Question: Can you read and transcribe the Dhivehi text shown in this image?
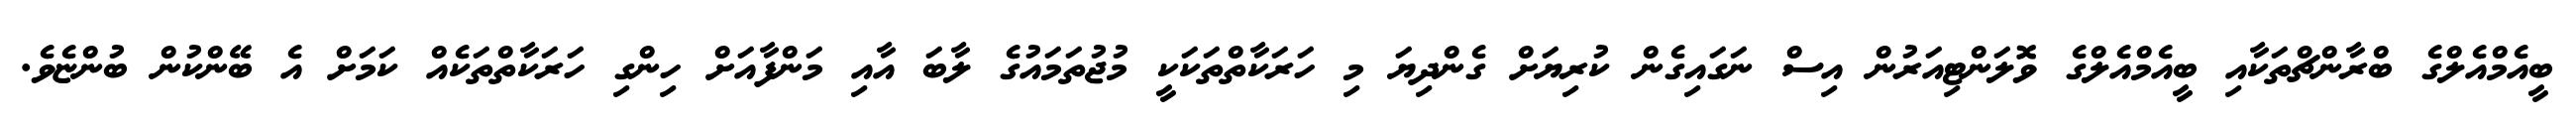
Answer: ބީއެމްއެލްގެ ބްރާންޗްތަކާއި ބީއެމްއެލްގެ ވޮލަންޓިއަރުން އިސް ނަގައިގެން ކުރިޔަށް ގެންދިޔަ މި ހަރަކާތްތަކަކީ މުޖުތަމައުގެ ލާބަ އާއި މަންފާއަށް ހިންގި ހަރަކާތްތަކެއް ކަމަށް އެ ބޭންކުން ބުންޏެވެ.